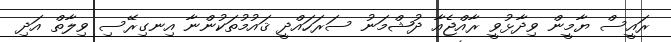
ރައީސް ޔާމީން ވިދާޅުވީ ރާއްޖެއާ ދުޝްމަނު ސަރަހައްދީ ޤައުމުތަކުންނާ އިނގިރޭސި ވިލާތް އަދި